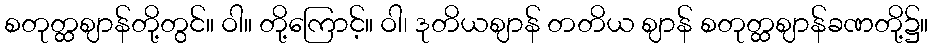
စတုတ္ထဈာန်တို့တွင်။ ဝါ။ တို့ကြောင့်။ ဝါ၊ ဒုတိယဈာန် တတိယ ဈာန် စတုတ္ထဈာန်ခဏတို့၌။